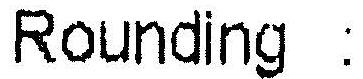
ROUNDING :